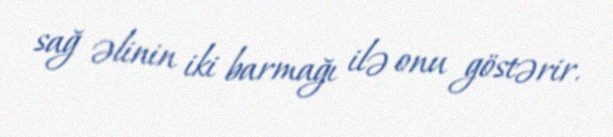
sağ əlinin iki barmağı ilə onu göstərir.